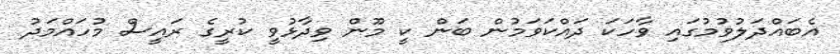
އެބައްދަލުވުމުގައި ވާހަކަ ދައްކަވަމުން ބަން ކީ މޫން ވިދާޅުވީ ކުރީގެ ރައީސް މުހައްމަދު